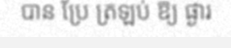
បាន ប្រែ ត្រឡប់ ឱ្យ ផ្ងារ